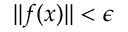
\| f ( x ) \| < \epsilon